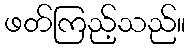
ဖတ်ကြည့်သည်။